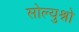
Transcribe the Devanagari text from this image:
सोल्युश्नो